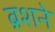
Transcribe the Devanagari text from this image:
ब्रशने